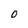
Character: O